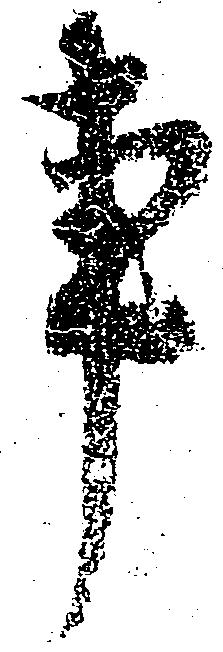
事